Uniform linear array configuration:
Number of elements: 48
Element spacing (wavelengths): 1
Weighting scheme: cosine
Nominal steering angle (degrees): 45
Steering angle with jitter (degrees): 45.659
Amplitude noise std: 0.05
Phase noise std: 0.05

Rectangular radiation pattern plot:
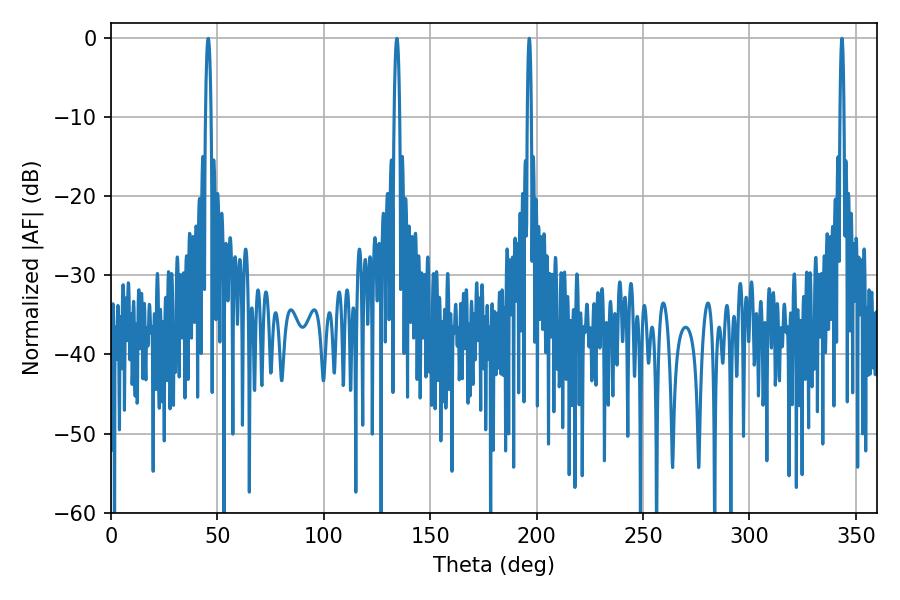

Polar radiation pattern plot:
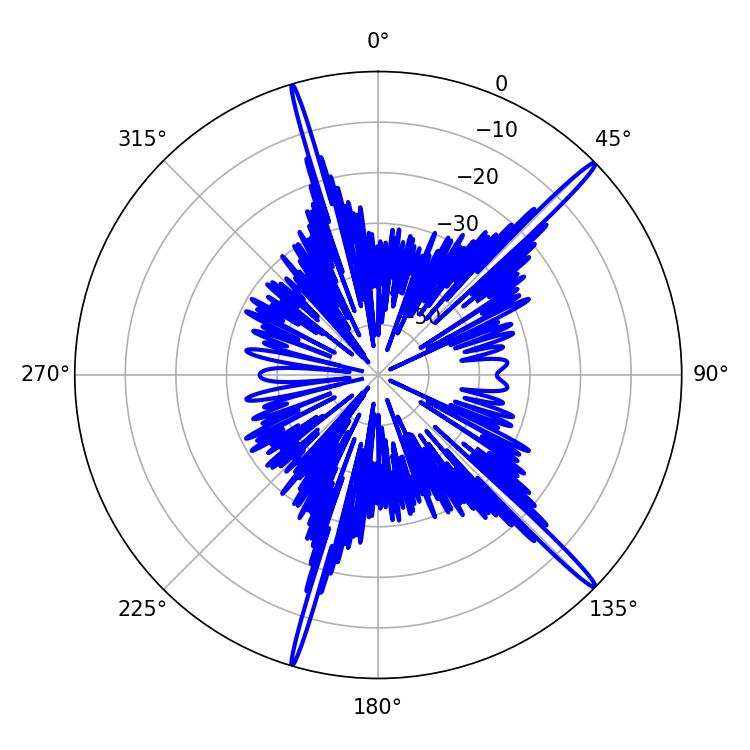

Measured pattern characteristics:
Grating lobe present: TRUE
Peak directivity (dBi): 18.175
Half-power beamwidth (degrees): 1.08
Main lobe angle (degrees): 343.44